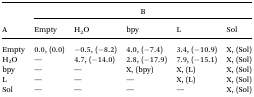
<table><thead><tr><td rowspan="2"><b>A</b></td><td colspan="5"><b>B</b></td></tr><tr><td><b>Empty</b></td><td><b>H<sub>2</sub>O</b></td><td><b>bpy</b></td><td><b>L</b></td><td><b>Sol</b></td></tr></thead><tbody><tr><td>Empty</td><td>0.0, (0.0)</td><td>–0.5, (–8.2)</td><td>4.0, (–7.4)</td><td>3.4, (–10.9)</td><td>X, (Sol)</td></tr><tr><td>H<sub>2</sub>O</td><td>—</td><td>4.7, (–14.0)</td><td>2.8, (–17.9)</td><td>7.9, (–15.1)</td><td>X, (Sol)</td></tr><tr><td>bpy</td><td>—</td><td>—</td><td>X, (bpy)</td><td>X, (L)</td><td>X, (Sol)</td></tr><tr><td>L</td><td>—</td><td>—</td><td>—</td><td>X, (L)</td><td>X, (Sol)</td></tr><tr><td>Sol</td><td>—</td><td>—</td><td>—</td><td>—</td><td>X, (Sol)</td></tr></tbody></table>